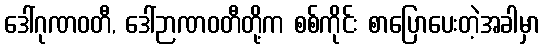
ဒေါ်ဂုဏဝတီ, ဒေါ်ဉာဏဝတီတို့က စစ်ကိုင်း စာပြောပေးတဲ့အခါမှာ